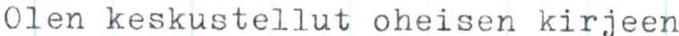
Olen keskustellut oheisen kirjeen